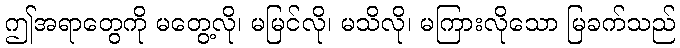
ဤအရာတွေကို မတွေ့လို၊ မမြင်လို၊ မသိလို၊ မကြားလိုသော မြခက်သည်